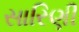
સારિણી